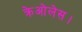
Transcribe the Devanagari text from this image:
क्रेओलेस।